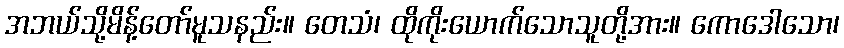
အဘယ်သို့မိန့်တော်မူသနည်း။ တေသံ၊ ထိုကိုးယောက်သောသူတို့အား။ ကောဒေါသော၊